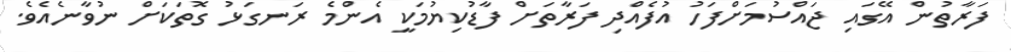
ފަރާތުން އޭގައި ޖައްސުމަށްފަހު އުފެއްދި ފަރާތަށް ފާޑުކިޔުމަކީ އެންމެ ރަނގަޅު ގޮތަކަށް ނުވާނެއެވެ.